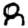
Digit: 8